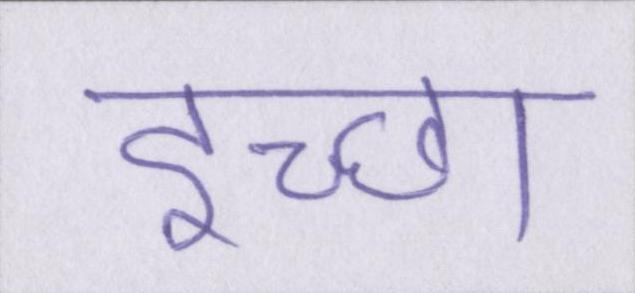
इच्छा